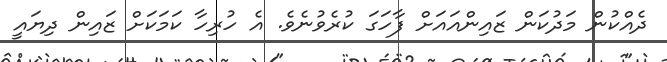
ދެއްކުން މަދުކަން ޒައިންއައަށް ފާހަގަ ކުރެވުނެވެ. އެ ހުރިހާ ކަމަކަށް ޒައިން ދިޔައީ